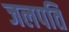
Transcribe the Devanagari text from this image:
जलपति